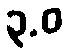
၃.ဝ